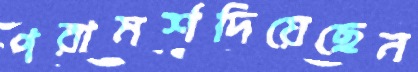
পরামর্শদিয়েছেন